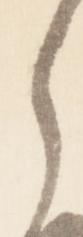
之